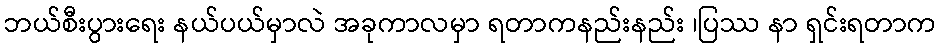
ဘယ်စီးပွားရေး နယ်ပယ်မှာလဲ အခုကာလမှာ ရတာကနည်းနည်း ၊ပြဿ နာ ရှင်းရတာက